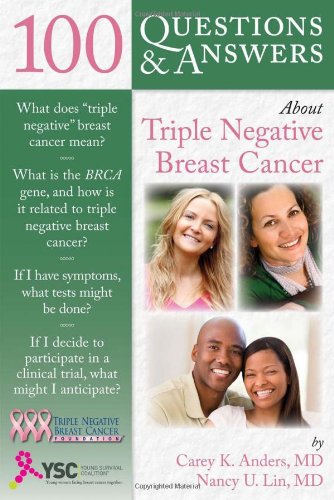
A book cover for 100 Questions  &  Answers About Triple Negative Breast Cancer; Carey K. Anders; Health, Fitness & Dieting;